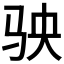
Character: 𩧫